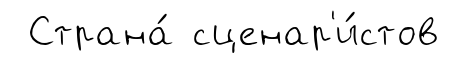
Страна́ сценар'и́стов